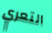
التعري